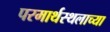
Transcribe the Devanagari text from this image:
परमार्थस्थलाच्या